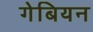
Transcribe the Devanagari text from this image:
गेबियन